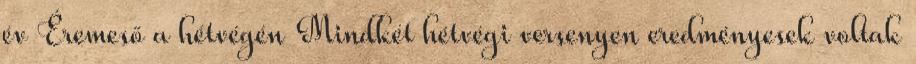
év Éremeső a hétvégén Mindkét hétvégi versenyen eredményesek voltak